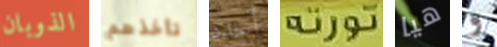
الذوبان تأخذهم أحدد تورتة هيا و